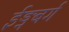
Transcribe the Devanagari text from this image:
ईड्नबर्ग